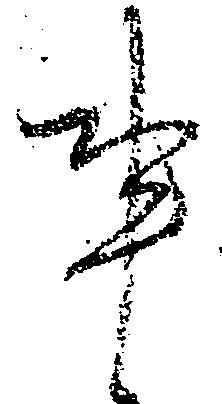
事